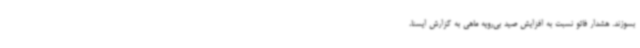
بسوزند. هشدار فائو نسبت به افزایش صید بی‌رویه ماهی به گزارش ایسنا،